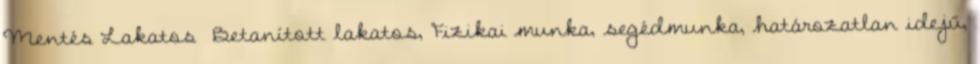
Mentés Lakatos Betanított lakatos, Fizikai munka, segédmunka, határozatlan idejű,